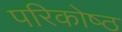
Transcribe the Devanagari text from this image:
परिकोष्‍ठ